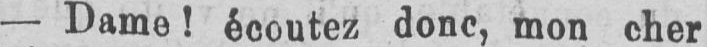
- Dame! écoutez donc, mon cher